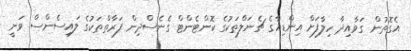
އެގޮތުން ގަވާއިދާ ހިލާފަށް އިންޑިއާގެ ޗެނަލްތަކުގެ ކޮންޓެންޓް ގެނެސްދިން ފަރާތްތަކުގެ ލައިސެންސް ވަނީ